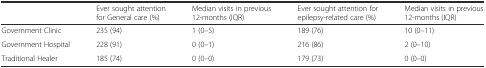
<table><thead><tr><td></td><td><b>Ever sought attention for General care (%)</b></td><td><b>Median visits in previous 12-months (IQR)</b></td><td><b>Ever sought attention for epilepsy-related care (%)</b></td><td><b>Median visits in previous 12-months (IQR)</b></td></tr></thead><tbody><tr><td>Government Clinic</td><td>235 (94)</td><td>1 (0–5)</td><td>189 (76)</td><td>10 (0–11)</td></tr><tr><td>Government Hospital</td><td>228 (91)</td><td>0 (0–1)</td><td>216 (86)</td><td>2 (0–10)</td></tr><tr><td>Traditional Healer</td><td>185 (74)</td><td>0 (0–0)</td><td>179 (73)</td><td>0 (0–0)</td></tr></tbody></table>